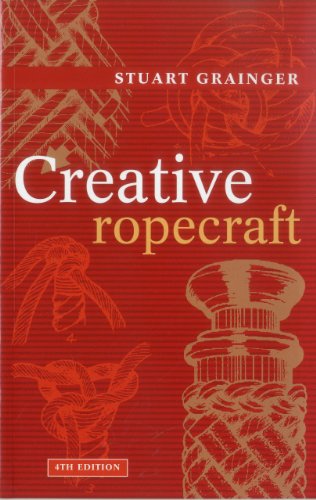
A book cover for Creative Ropecraft; Stuart Grainger; Crafts, Hobbies & Home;